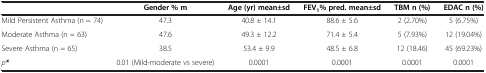
<table><thead><tr><td><b> </b></td><td><b>Gender % m</b></td><td><b>Age (yr) mean±sd</b></td><td><b>FEV<sub>1</sub>% pred. mean±sd</b></td><td><b>TBM n (%)</b></td><td><b>EDAC n (%)</b></td></tr></thead><tbody><tr><td>Mild Persistent Asthma (n = 74)</td><td>47.3</td><td>40.8 ± 14.1</td><td>88.6 ± 5.6</td><td>2 (2.70%)</td><td>5 (6.75%)</td></tr><tr><td>Moderate Asthma (n = 63)</td><td>47.6</td><td>49.3 ± 12.2</td><td>71.4 ± 5.4</td><td>5 (7.93%)</td><td>12 (19.04%)</td></tr><tr><td>Severe Asthma (n = 65)</td><td>38.5</td><td>53.4 ± 9.9</td><td>48.5 ± 6.8</td><td>12 (18.46)</td><td>45 (69.23%)</td></tr><tr><td><i>p</i><b><i>*</i></b></td><td>0.01 (Mild-moderate vs severe)</td><td>0.0001</td><td>0.0001</td><td>0.0001</td><td>0.0001</td></tr></tbody></table>